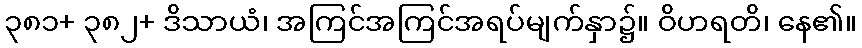
၃၈၁+ ၃၈၂+ ဒိသာယံ၊ အကြင်အကြင်အရပ်မျက်နှာ၌။ ဝိဟရတိ၊ နေ၏။